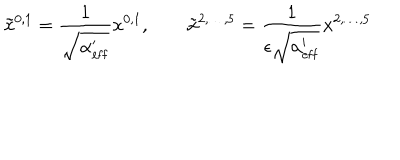
\tilde { x } ^ { 0 , 1 } = \frac { 1 } { \sqrt { \alpha _ { \mathrm { e f f } } ^ { \prime } } } x ^ { 0 , 1 } , \qquad \tilde { x } ^ { 2 , \ldots , 5 } = \frac { 1 } { \epsilon \sqrt { \alpha _ { \mathrm { e f f } } ^ { \prime } } } x ^ { 2 , \ldots , 5 }